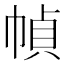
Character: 幀